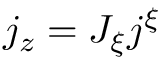
j _ { z } = J _ { \xi } j ^ { \xi }